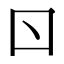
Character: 𠮚